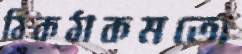
ঠিকঠাকমতো